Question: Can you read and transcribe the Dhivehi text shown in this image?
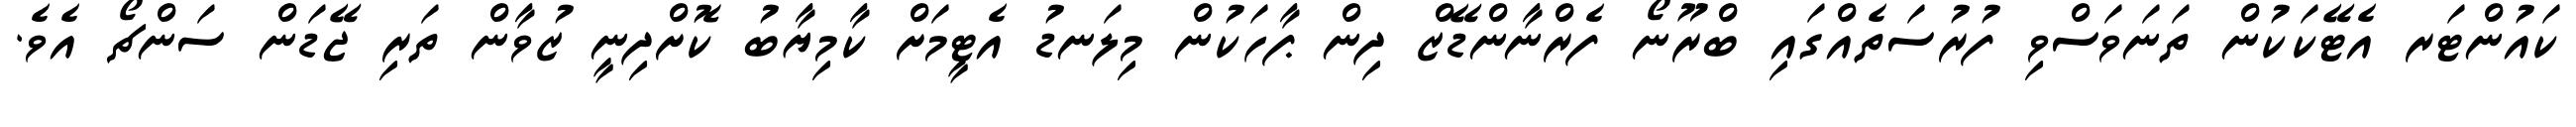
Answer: ކައުންޓަރ އެޓޭކަކުން ތަނަވަސްވި ފުރުސަތެއްގައި ބްރޫނޯ ފެރްނާންޑޭޒް ދިން ޕާހަކުން މިލަނޑު އެޓީމަށް ކާމިޔާބު ކޮށްދިނީ ޒުވާން ތަރި ޖޭޑަން ސަންޗޯ އެވެ.